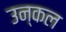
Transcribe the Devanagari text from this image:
उन्कल